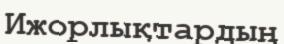
Ижорлықтардың